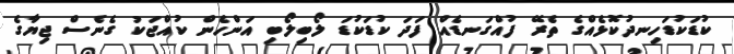
ކުޑަކުޑަހިނދުކޮޅެއްގެ ތެރޭ ފުއްގަނޑެއް ފަދަ ކުޑަކުޑަ ލޯބިލޯބި އަންހެން ކުއްޖަކު ގެނެސް ޖިޔާގެ